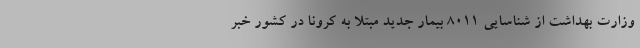
وزارت بهداشت از شناسایی ۸۰۱۱ بیمار جدید مبتلا به کرونا در کشور خبر